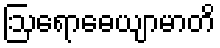
ဩရောဓေယျာမာတိ